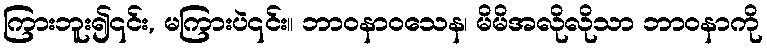
ကြားဘူး၍၎င်း, မကြားပဲ၎င်း။ ဘာဝနာဝသေန၊ မိမိအလိုလိုသာ ဘာဝနာကို